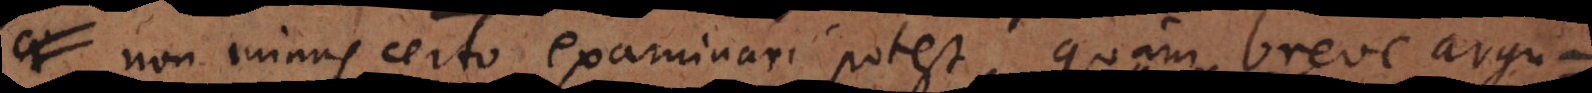
non minus certo examinari potest, quam breve argu